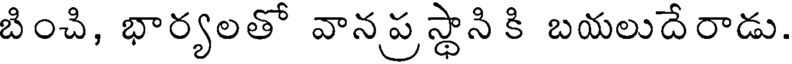
బించి, భార్యలతో వానప్ర స్థాని కి బయలుదేరాడు.